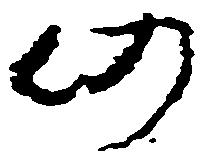
仍